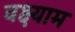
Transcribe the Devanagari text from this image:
वक्ष्याम